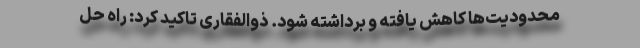
محدودیت‌ها کاهش یافته و برداشته شود. ذوالفقاری تاکید کرد: راه حل